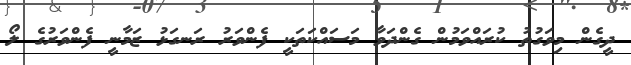
ދީގެން މިވަގުތު ކުރައްވަމުން ގެންދަވާ މަސައްކަތަކީ ފެންވަރު ރަނގަޅު ޒަމާނީ ފެންވަރުގެ ލޯ